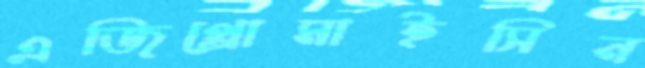
এজিথ্রোমাইসিন